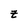
Character: z